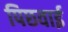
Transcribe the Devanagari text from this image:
पिछवाई